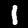
Digit: 1